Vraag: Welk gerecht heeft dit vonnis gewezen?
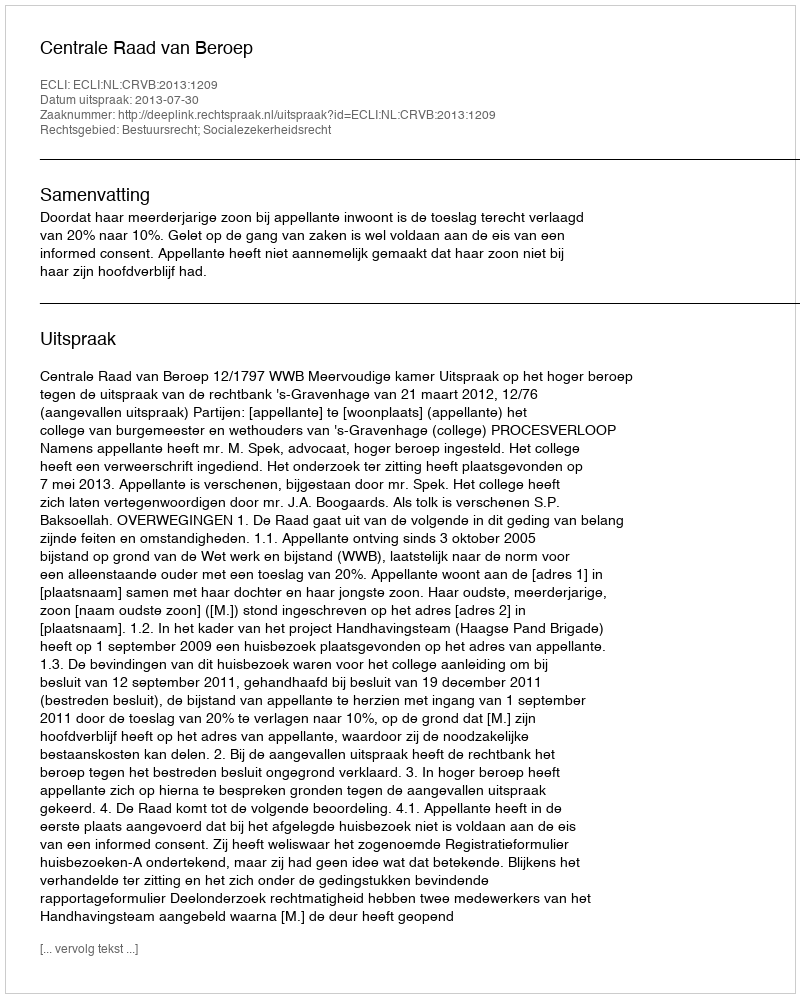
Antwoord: Centrale Raad van Beroep